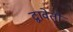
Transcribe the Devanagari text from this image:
द्वावेतौ